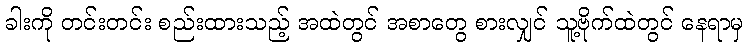
ခါးကို တင်းတင်း စည်းထားသည့် အထဲတွင် အစာတွေ စားလျှင် သူ့ဗိုက်ထဲတွင် နေရာမှ